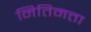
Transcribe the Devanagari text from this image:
नितिमत्ता